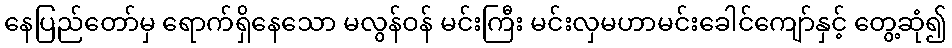
နေပြည်တော်မှ ရောက်ရှိနေသော မလွန်ဝန် မင်းကြီး မင်းလှမဟာမင်းခေါင်ကျော်နှင့် တွေ့ဆုံ၍